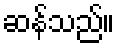
ဆန်သည်။